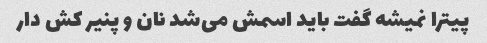
پیترا نمیشه گفت باید اسمش می‌شد نان و پنیر کش دار